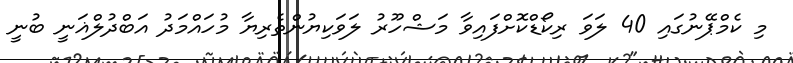
މި ކެމްޕޭނުގައި 40 ލަވަ ރިކޯޑްކޮށްފައިވާ މަޝްހޫރު ލަވަކިޔުންތެރިޔާ މުހައްމަދު އަބްދުލްޣަނީ ބުނީ